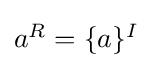
{\textstyle {a}^{R}=\lbrace a\rbrace ^{I}}